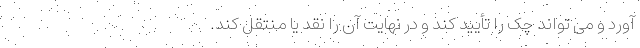
آورد و می تواند چک را تأیید کند و در نهایت آن را نقد یا منتقل کند.